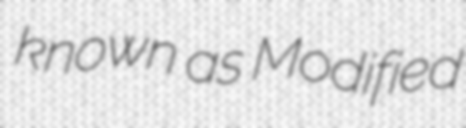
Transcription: known as Modified